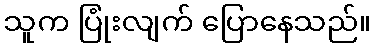
သူက ပြုံးလျက် ပြောနေသည်။